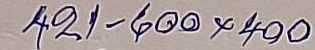
421 - 600 x 400